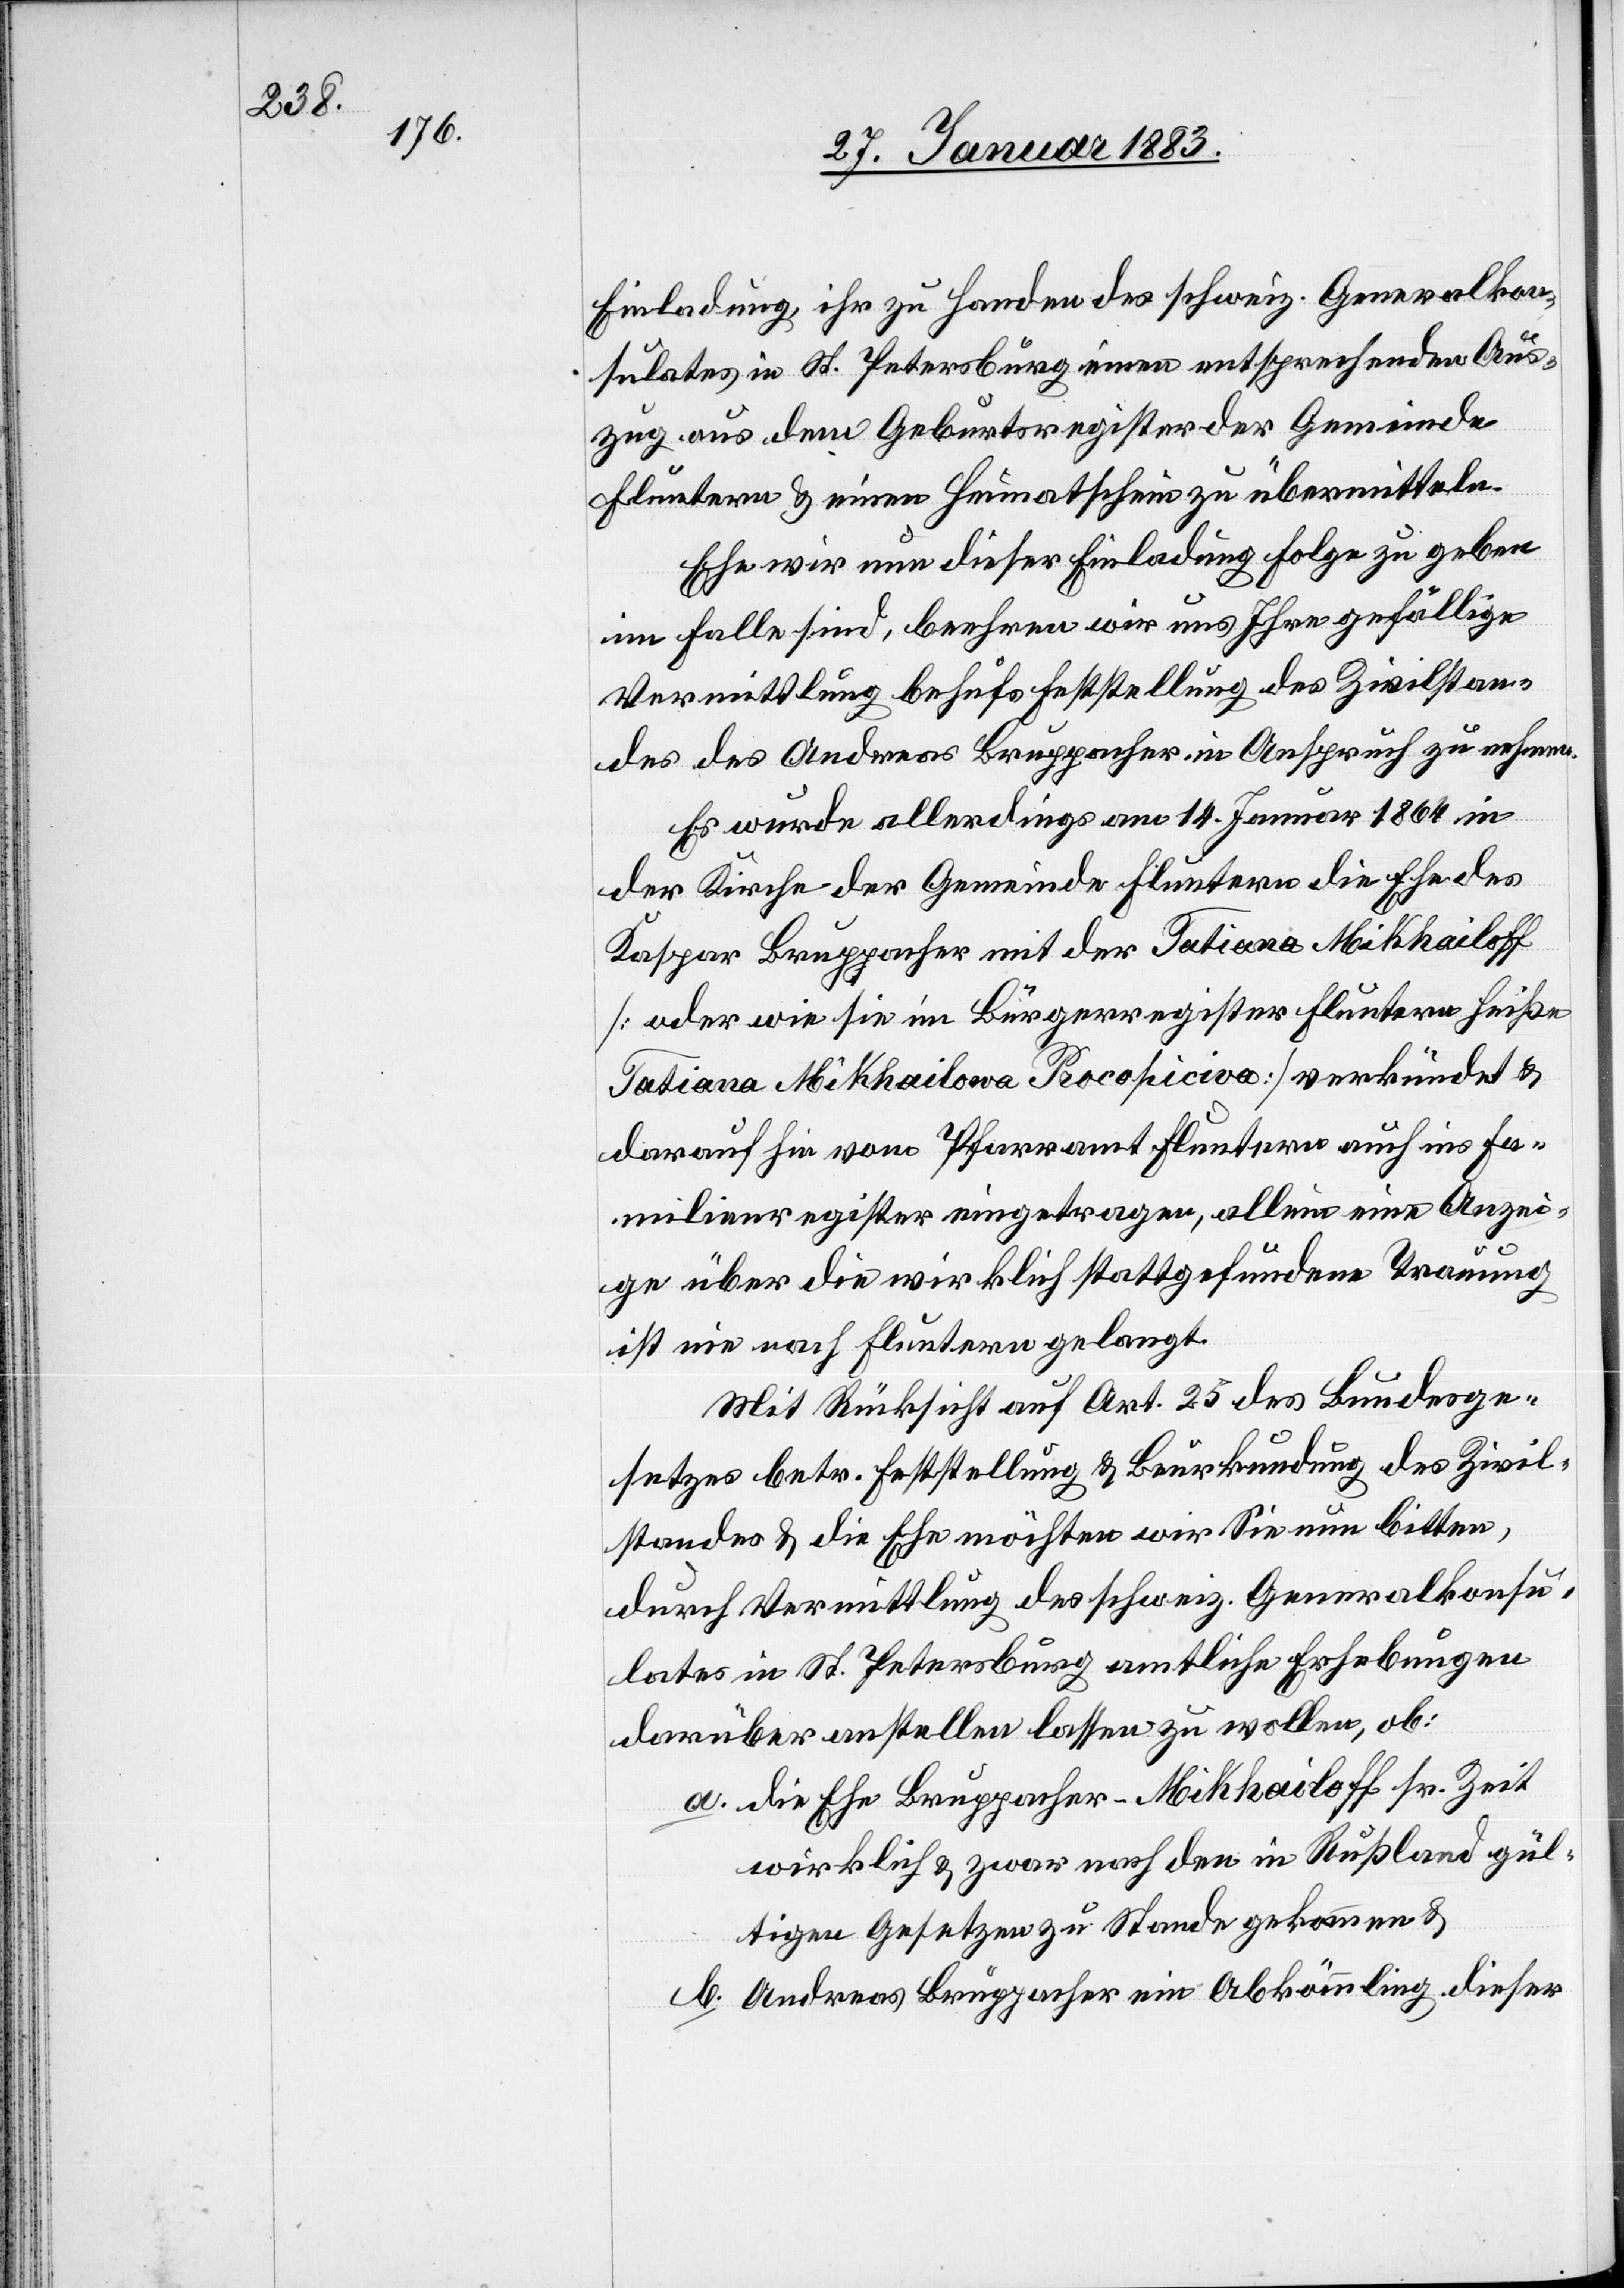
Einladung, ihr zu Handen des schweiz. Generalkon¬
sulates in St. Petersburg einen entsprechenden Aus¬
zug aus dem Geburtsregister der Gemeinde
Fluntern & einen Heimatschein zu übermitteln.
Ehe wir nun dieser Einladung Folge zu geben
im Falle sind, beehren wir uns Ihre gefällige
Vermittlung behufs Feststellung des Zivilstan¬
des des Andreas Bruppacher in Anspruch zu nehmen.
Es wurde allerdings am 14. Januar 1864 in
der Kirche der Gemeinde Fluntern die Ehe des
Kaspar Bruppacher mit der Tatiana Mikhailoff
[oder wie sie im Bürgerregister Fluntern heiße
Tatiana Mikhailowa Procopiciva] verkündet &
daraufhin vom Pfarramt Fluntern auch ins Fa¬
milienregister eingetragen, allein eine Anzei¬
ge über die wirklich stattgefundene Trauung
ist nie nach Fluntern gelangt.
Mit Rücksicht auf Art. 25 des Bundesge¬
setzes betr. Feststellung & Beurkundung des Zivil¬
standes & die Ehe möchten wir Sie nun bitten,
durch Vermittlung des schweiz. Generalkonsu¬
lates in St. Petersburg amtliche Erhebungen
darüber anstellen lassen zu wollen, ob:
a. die Ehe Bruppacher-Mikhailoff sr. Zeit
wirklich & zwar nach den in Rußland gül¬
tigen Gesetzen zu Stande gekommen &
b. Andreas Bruppacher ein Abkömmling dieser